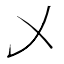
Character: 乄